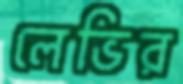
লেভির